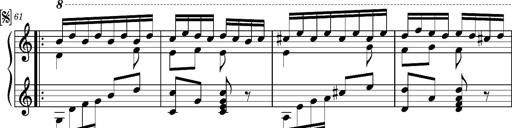
Title: Ungarischer Romanzero
Composer: Franz Liszt